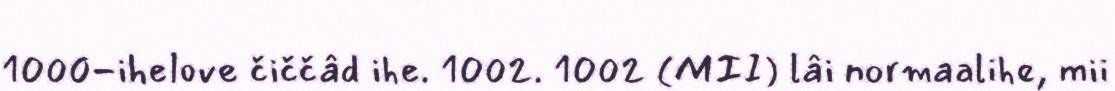
1000-ihelove čiččâd ihe. 1002. 1002 (MII) lâi normaalihe, mii